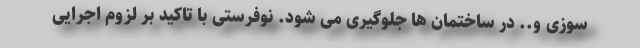
سوزی و.. در ساختمان ها جلوگیری می شود. نوفرستی با تاکید بر لزوم اجرایی